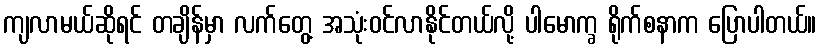
ကျလာမယ်ဆိုရင် တချိန်မှာ လက်တွေ့ အသုံးဝင်လာနိုင်တယ်လို့ ပါမောက္ခ ရိုက်စနာက ပြောပါတယ်။